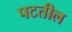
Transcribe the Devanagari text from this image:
पटतील